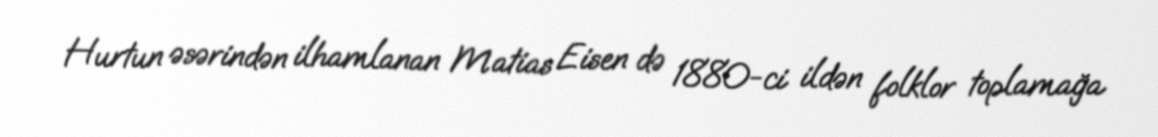
Hurtun əsərindən ilhamlanan Matias Eisen də 1880-ci ildən folklor toplamağa